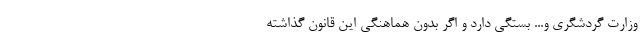
وزارت گردشگری و... بستگی دارد و اگر بدون هماهنگی این قانون گذاشته